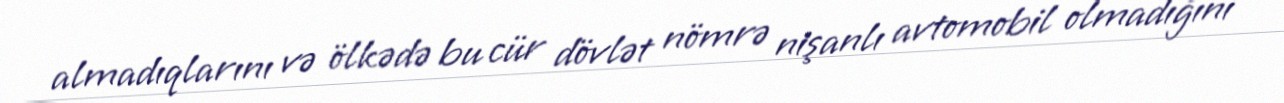
almadıqlarını və ölkədə bu cür dövlət nömrə nişanlı avtomobil olmadığını